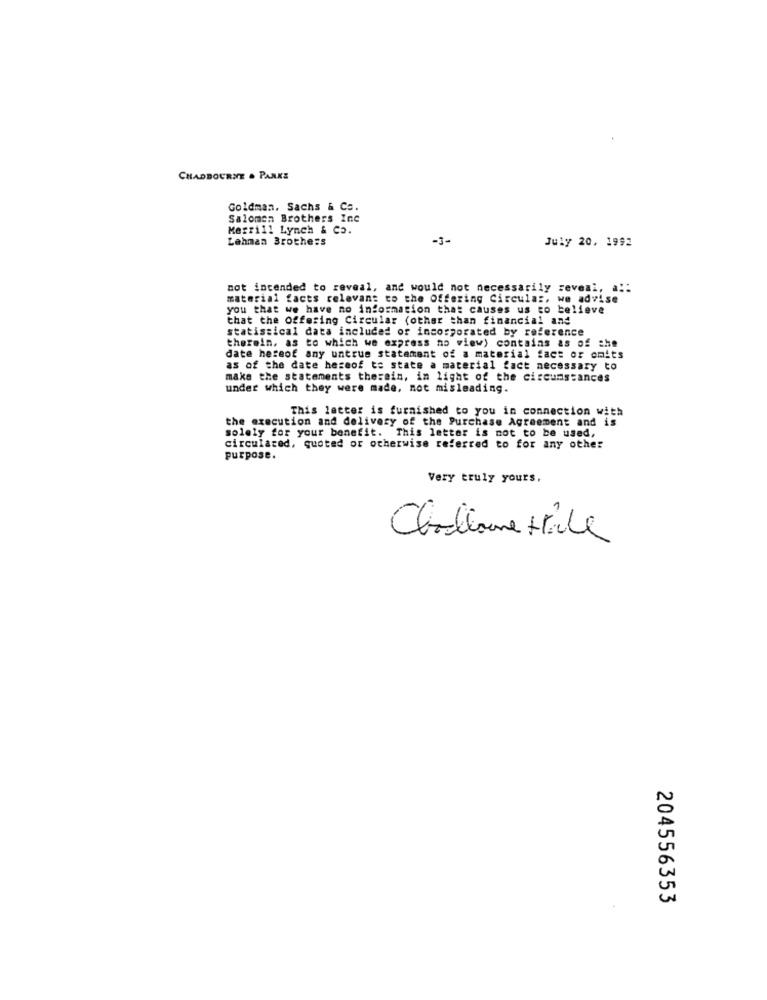
CHADBOURNE . PANKE
Goldman. Sachs & Co.
Salomon Brothers Inc
Merrill Lynch & Co.
Lehman Brothers
-3-
July 20, 1992
not intended to reveal, and would not necessarily reveal, a !:
material facts relevant to the Offering Circular, we advise
you that we have no information that causes us to believe
that the Offering Circular (other than financial and
statistical data included or incorporated by reference
therein, as to which we express no view) contains as of the
date hereof any untrue statement of a material fact or omits
as of the date heseof te state a material fact necessary to
make the statements therein, in light of the circumstances
under which they were made, not misleading.
This letter is furnished to you in connection with
the execution and delivery of the Purchase Agreement and is
solely for your benefit. This letter is not to be used,
circulated, quoted or otherwise referred to for any other
purpose.
Very truly yours,
Challome trile
204556353